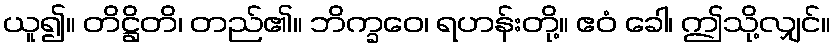
ယူ၍။ တိဋ္ဌိတိ၊ တည်၏။ ဘိက္ခဝေ၊ ရဟန်းတို့။ ဧဝံ ခေါ၊ ဤသို့လျှင်။